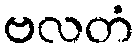
ဗလတံ